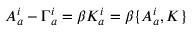
A _ { a } ^ { i } - \Gamma _ { a } ^ { i } = \beta K _ { a } ^ { i } = \beta \{ A _ { a } ^ { i } , K \}